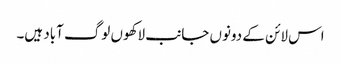
اس لائن کے دونوں جانب لاکھوں لوگ آباد ہیں۔